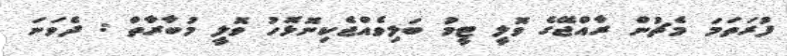
ފުރަތަމަ މެޗުން ރާއްޖޭގެ ވޮލީ ޓީމު ބަލިވެއްޖެކިނޮޅޮހު ވޮލީ މުބާރާތް : ދެވަނަ